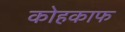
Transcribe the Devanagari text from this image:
कोहकाफ